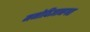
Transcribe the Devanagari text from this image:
मनोविज्ञानगत